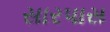
સારપાસ